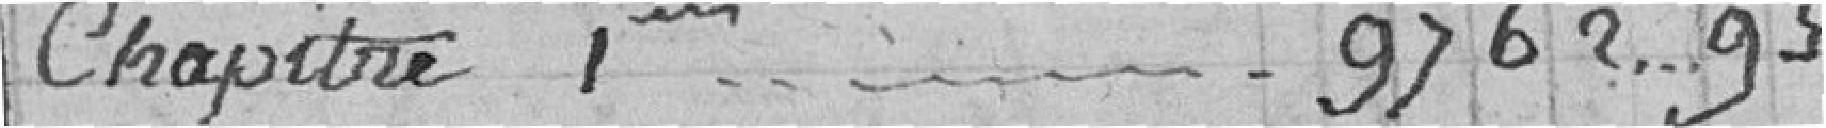
Chapitre 1er.... 9762,93